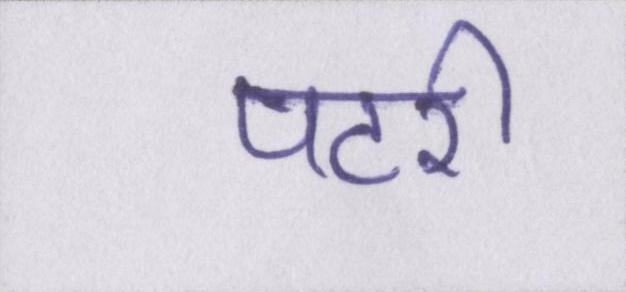
पटरी